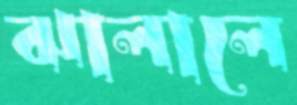
ঝালালে